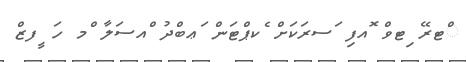
ްޓރޭ ިޓވް ޮއފި ަސރަކަށް ެކޕްޓަން ަޢބްދު ްއސަލާ ްމ ހަ ީފޒް